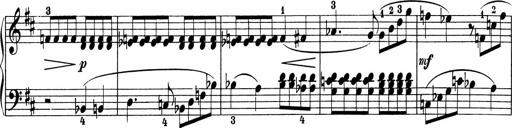
Title: 5 Sonatinen fÃ¼r die Jugend
Composer: Carl Reinecke